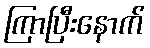
ကြာပြီးနောက်